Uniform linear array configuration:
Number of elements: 12
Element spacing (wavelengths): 0.25
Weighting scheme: cosine
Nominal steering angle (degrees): -60
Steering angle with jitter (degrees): -59.304
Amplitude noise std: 0.05
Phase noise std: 0.05

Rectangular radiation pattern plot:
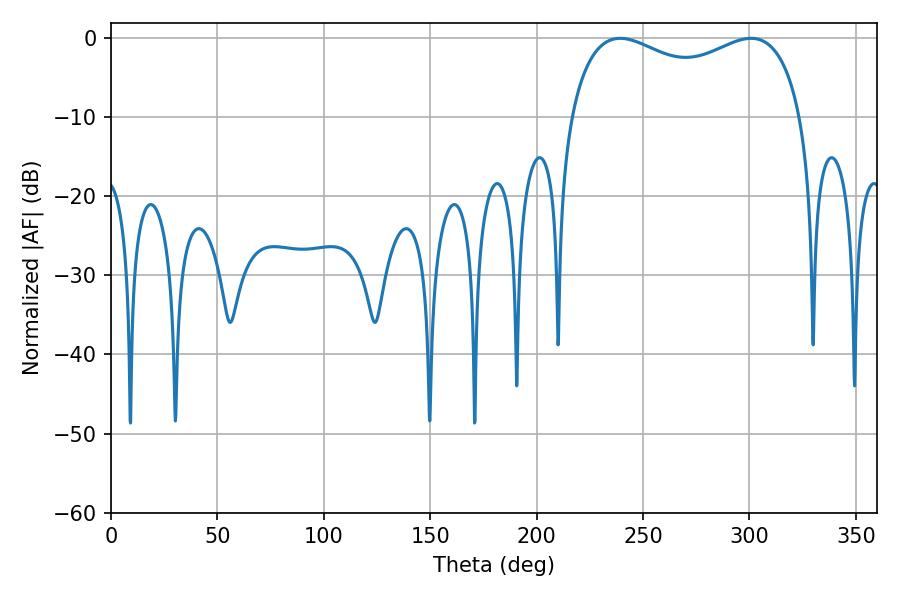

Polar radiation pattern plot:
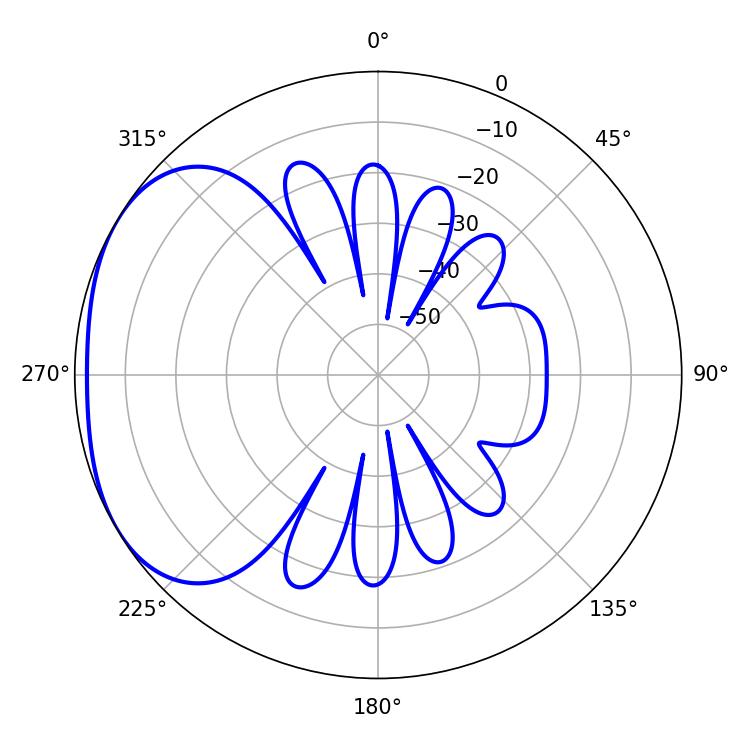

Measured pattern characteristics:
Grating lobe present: FALSE
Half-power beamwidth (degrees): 90.36
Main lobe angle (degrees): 239.22